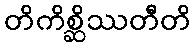
တိကိစ္ဆိဿတီတိ